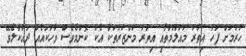
ހުރުމަށް ފަހު އިތުރު މައުލޫމާތާއި އިތުރު މަންޒަރުތަކާ އެކު ކޮންމެވެސް ވާހަކައެއް ދައްކާލެވޭ